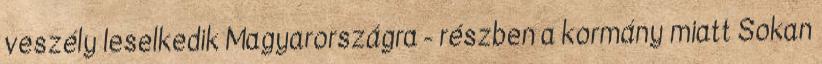
veszély leselkedik Magyarországra - részben a kormány miatt Sokan